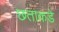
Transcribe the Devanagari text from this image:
छताकडे